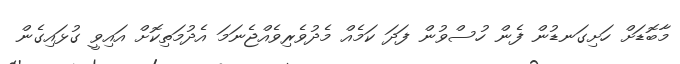
މާބޮޑަށް ހަށިގަނޑުން ފެން ހުސްވުން ފަދަ ކަމެއް މެދުވެރިވެއްޖެނަމަ އެދުމަތިކޮށް އައިވީ ގުޅައިގެން